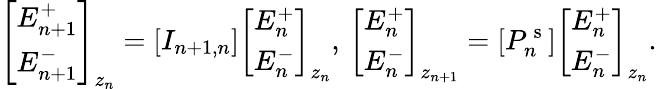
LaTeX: \left[\begin{array}{l}{E_{n+1}^{+}}\\ {E_{n+1}^{-}}\end{array}\right]_{z_{n}}=[I_{n+1,n}]\left[\begin{array}{l}{E_{n}^{+}}\\ {E_{n}^{-}}\end{array}\right]_{z_{n}},\, \left[\begin{array}{l}{E_{n}^{+}}\\ {E_{n}^{-}}\end{array}\right]_{z_{n+1}}=[P_{n}^{\mathrm{~s~}}]\left[\begin{array}{l}{E_{n}^{+}}\\ {E_{n}^{-}}\end{array}\right]_{z_{n}}.